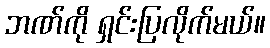
ဘဏ်ကို ရှင်းပြလိုက်မယ်။